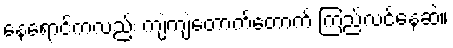
နေရောင်ကလည်း ကျဲကျဲတောက်တောက် ကြည်လင်နေဆဲ။